画像に写った文字を読んでください
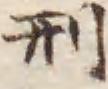
「刑」と書いてあります